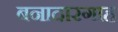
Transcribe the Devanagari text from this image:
बनादारगाह